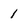
Character: 1